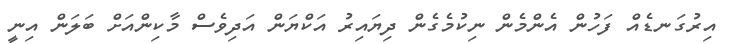
އިރުގަނޑެއް ފަހުން އެންމެން ނިކުމެގެން ދިޔައިރު އަކްޔަން އަދިވެސް މާކިންއަށް ބަލަން އިނީ